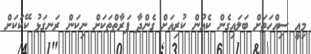
މިއީ ސިއްހަތަށް ބަލައިގެން ކެއުން ކުރިއަށް ގެންދާ ފަރާތްތަކަށް ނިކަން ރަނގަޅު ކޭކަކަށް